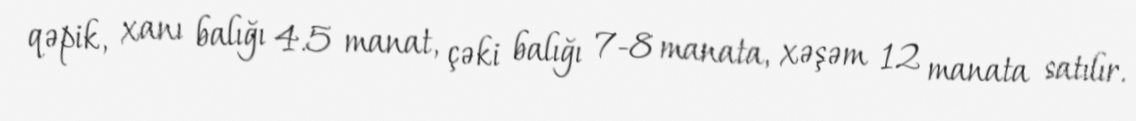
qəpik, xanı balığı 4.5 manat, çəki balığı 7-8 manata, xəşəm 12 manata satılır.